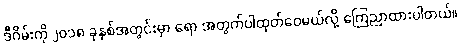
ဒီဂိမ်းကို ၂၀၁၈ ခုနှစ်အတွင်းမှာ ရော အတွက်ပါထုတ်ဝေမယ်လို့ ကြေညာထားပါတယ်။